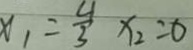
x _ { 1 } = \frac { 4 } { 3 } x _ { 2 } = 0